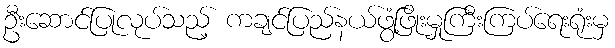
ဦးဆောင်ပြုလုပ်သည့် ကချင်ပြည်နယ်ဖွံ့ဖြိုးမှုကြီးကြပ်ရေးရုံးမှ